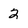
Character: 2